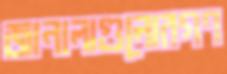
জানালাগুলোরগণ